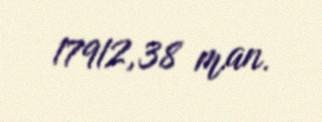
17912,38 man.